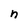
Character: n